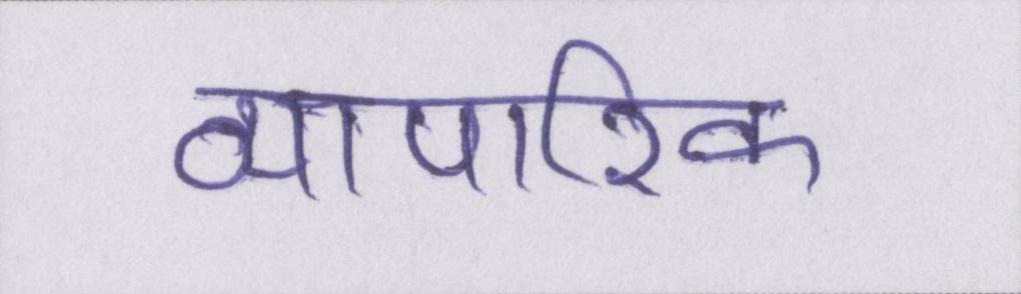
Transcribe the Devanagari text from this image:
व्यापारिक